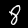
Label: 8